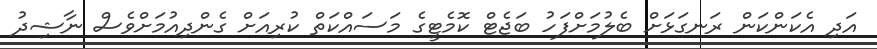
އަދި އެކަންކަން ރަނގަޅަށް ބެލުމަށްފަހު ބަޖެޓް ކޮމެޓީގެ މަސައްކަތް ކުރިއަށް ގެންދިއުމަށްވެސް ނާޝިދު